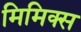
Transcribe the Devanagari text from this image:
मिमिक्स